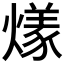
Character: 𬋌